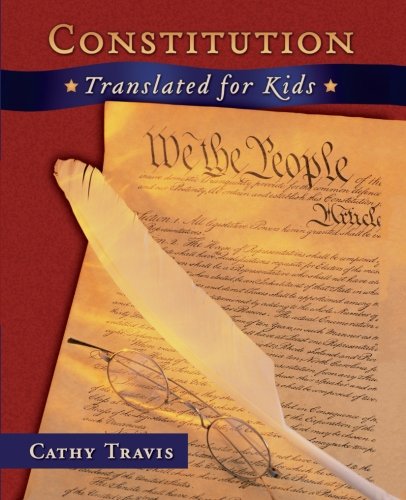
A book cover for Constitution Translated for Kids; Cathy Travis; Children's Books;